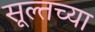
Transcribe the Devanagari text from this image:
सूल्तच्या